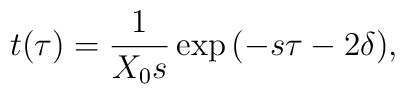
t(\tau )=\frac 1{X_0s}\exp {(-s\tau -2\delta )},